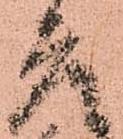
座